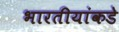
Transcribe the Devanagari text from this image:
भारतीयांकडे